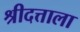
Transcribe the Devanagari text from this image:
श्रीदत्ताला